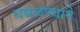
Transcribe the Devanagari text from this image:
चघळण्याने